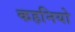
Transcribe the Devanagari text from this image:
कहनियो